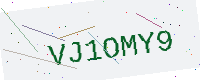
Text: VJ1OMY9